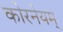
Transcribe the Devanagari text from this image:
कोरनेयम्